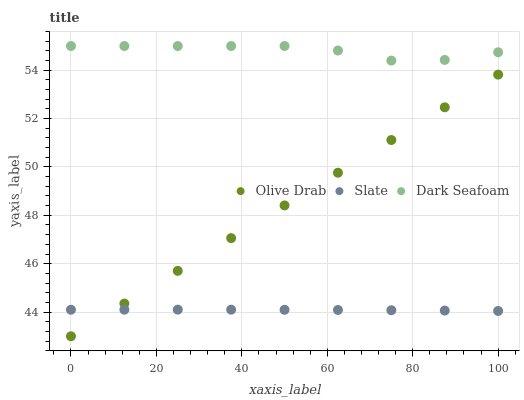
| xaxis_label | Olive Drab | Slate | Dark Seafoam |
 | --- | --- | --- | --- |
 | 0 | 43 | 44.1 | 55 |
 | 12.5 | 44.4 | 44.1 | 55 |
 | 25 | 45.7 | 44.1 | 55 |
 | 37.5 | 47.1 | 44.1 | 55 |
 | 50 | 48.4 | 44.1 | 55 |
 | 62.5 | 49.8 | 44.1 | 54.8 |
 | 75 | 51.1 | 44.1 | 54.4 |
 | 87.5 | 52.5 | 44.1 | 54.4 |
 | 100 | 53.8 | 44 | 54.7 |